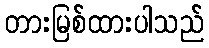
တားမြစ်ထားပါသည်